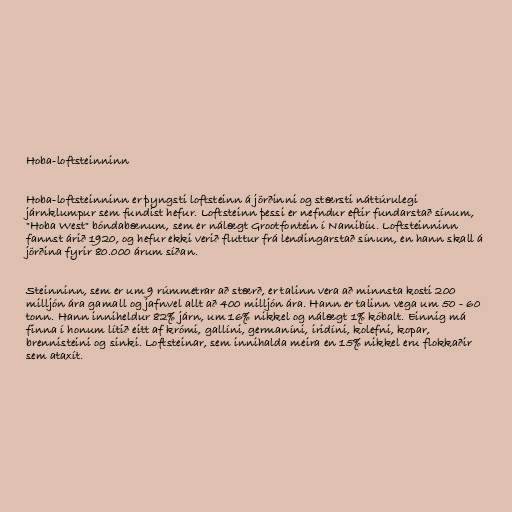
Hoba-loftsteinninn

Hoba-loftsteinninn er þyngsti loftsteinn á jörðinni og stærsti náttúrulegi
járnklumpur sem fundist hefur. Loftsteinn þessi er nefndur eftir fundarstað sínum,
"Hoba West" bóndabænum, sem er nálægt Grootfontein í Namibíu. Loftsteinninn
fannst árið 1920, og hefur ekki verið fluttur frá lendingarstað sínum, en hann skall á
jörðina fyrir 80.000 árum síðan.

Steinninn, sem er um 9 rúmmetrar að stærð, er talinn vera að minnsta kosti 200
milljón ára gamall og jafnvel allt að 400 milljón ára. Hann er talinn vega um 50 - 60
tonn. Hann inniheldur 82% járn, um 16% nikkel og nálægt 1% kóbalt. Einnig má
finna í honum lítið eitt af krómi, gallíni, germaníni, iridíni, kolefni, kopar,
brennisteini og sinki. Loftsteinar, sem innihalda meira en 15% nikkel eru flokkaðir
sem ataxít.